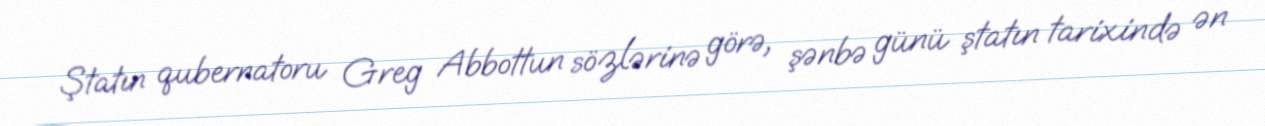
Ştatın qubernatoru Greg Abbottun sözlərinə görə, şənbə günü ştatın tarixində ən